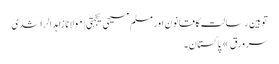
توہین رسالت کا قانون اور مسلم مسیحی یکجہتی | مولانا زاہد الراشدی
سرورق » پاکستان ۔